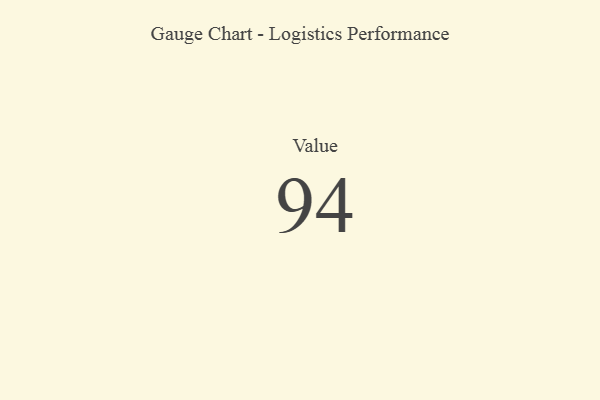
{"axis": {"x": "Metric", "y": "Value"}, "legend": [""], "data": [{"x": "Value", "y": 94, "type": ""}]}